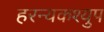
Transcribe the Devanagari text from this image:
हरन्यकश्युप